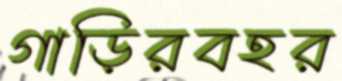
গাড়িরবহর